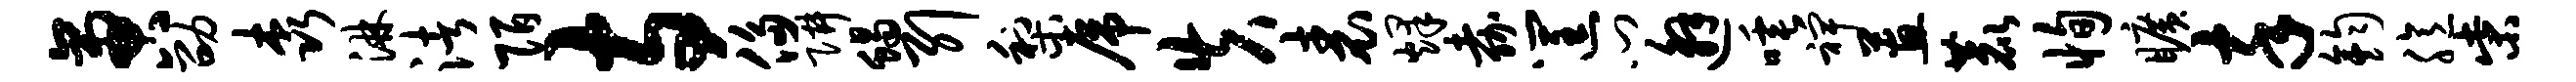
啻劭森淋渚陌寺侈阱蝎引梨虎失表烽嘉筐门邂唾裨蕙鹿恂旷卒钧臆柴